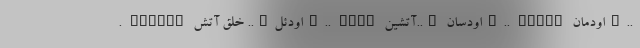
. INCIGZ اودئل….. خلق آتش….. ODEL اودسان …..آتشین….. ODSAN اودمان…..